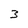
Character: 3